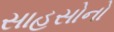
સાહસોનો